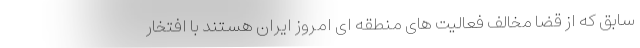
سابق که از قضا مخالف فعالیت های منطقه ای امروز ایران هستند با افتخار